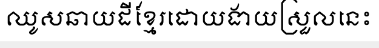
ឈូសឆាយដីខ្មែរដោយងាយស្រួលនេះ